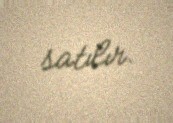
satılır.